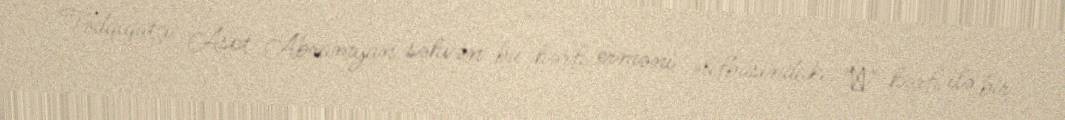
Tədqiqatçı Aşot Abramyan səhvən bu hərfi erməni əlifbasındakı "ր" hərfi ilə bir